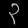
Digit: ၃